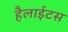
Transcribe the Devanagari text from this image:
हैलाईटस